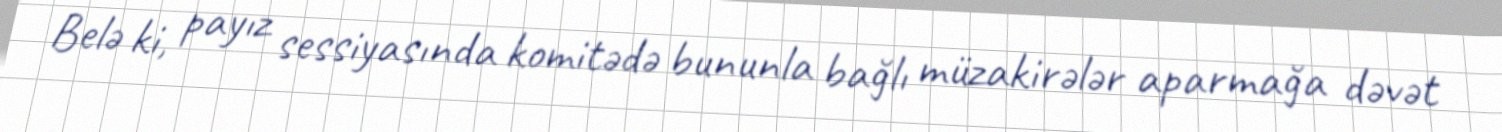
Belə ki, payız sessiyasında komitədə bununla bağlı müzakirələr aparmağa dəvət